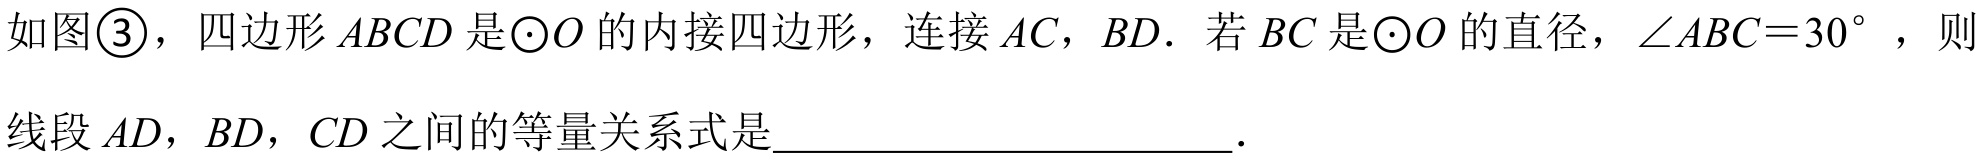
如图\textcircled{3}，四边形 \(ABCD\) 是\(\odot O\) 的内接四边形，连接 \(AC\)，\(BD\)．若 \(BC\) 是\(\odot O\) 的直径，\(\angle ABC = 30^{\circ}\)，则线段 \(AD\)，\(BD\)，\(CD\) 之间的等量关系式是____________________．